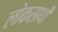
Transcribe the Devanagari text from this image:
लोकसाथी